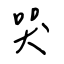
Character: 哭